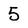
Character: 5